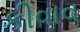
કીવાવ